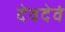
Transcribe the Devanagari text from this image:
देवदेवं